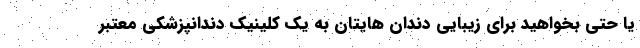
یا حتی بخواهید برای زیبایی دندان هایتان به یک کلینیک دندانپزشکی معتبر